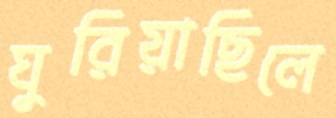
ঘুরিয়াছিলে